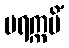
ပရက္ကမိံ